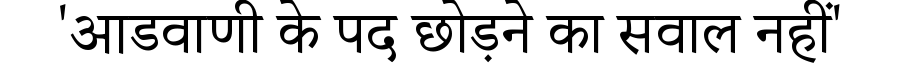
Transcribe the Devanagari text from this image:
'आडवाणी के पद छोड़ने का सवाल नहीं'